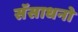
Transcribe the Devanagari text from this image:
सॅसाधनो